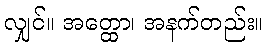
လျှင်။ အတ္ထော၊ အနက်တည်း။